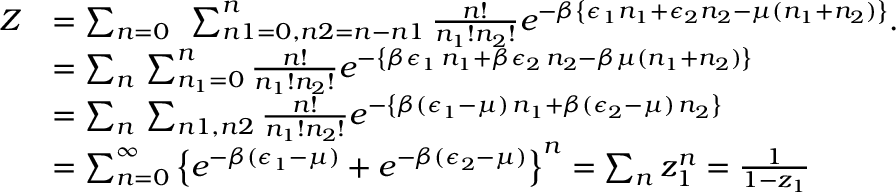
\begin{array} { r l } { Z } & { = \sum _ { n = 0 } \, \, \, \sum _ { n 1 = 0 , n 2 = n - n 1 } ^ { n } \frac { n ! } { n _ { 1 } ! n _ { 2 } ! } e ^ { - \beta \left\{ \epsilon _ { 1 } n _ { 1 } + \epsilon _ { 2 } n _ { 2 } - \mu ( n _ { 1 } + n _ { 2 } ) \right\} } . } \\ & { = \sum _ { n } \, \sum _ { n _ { 1 } = 0 } ^ { n } \frac { n ! } { n _ { 1 } ! n _ { 2 } ! } e ^ { - \left\{ \beta \epsilon _ { 1 } \, n _ { 1 } + \beta \epsilon _ { 2 } \, n _ { 2 } - \beta \mu ( n _ { 1 } + n _ { 2 } ) \right\} } } \\ & { = \sum _ { n } \, \sum _ { n 1 , n 2 } \frac { n ! } { n _ { 1 } ! n _ { 2 } ! } e ^ { - \left\{ \beta ( \epsilon _ { 1 } - \mu ) \, n _ { 1 } + \beta ( \epsilon _ { 2 } - \mu ) \, n _ { 2 } \right\} } } \\ & { = \sum _ { n = 0 } ^ { \infty } \left\{ e ^ { - \beta ( \epsilon _ { 1 } - \mu ) } + e ^ { - \beta ( \epsilon _ { 2 } - \mu ) } \right\} ^ { n } = \sum _ { n } z _ { 1 } ^ { n } = \frac { 1 } { 1 - z _ { 1 } } } \end{array}